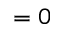
= 0